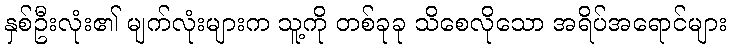
နှစ်ဦးလုံး၏ မျက်လုံးများက သူ့ကို တစ်ခုခု သိစေလိုသော အရိပ်အရောင်များ